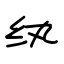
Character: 纨